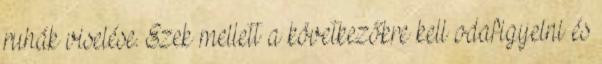
ruhák viselése. Ezek mellett a következőkre kell odafigyelni és